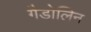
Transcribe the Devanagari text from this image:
गैडोलिन